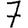
Digit: 7